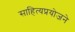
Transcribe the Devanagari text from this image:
साहित्यप्रयोजने